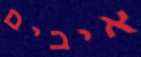
איבים